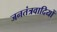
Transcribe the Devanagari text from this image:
जनतंत्रवादियों